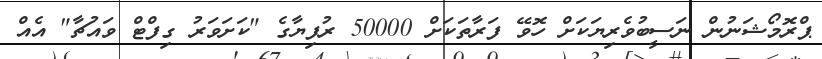
ޕްރޮމޯޝަނުން ނަސީބުވެރިޔަކަށް ހޮވޭ ފަރާތަކަށް 50000 ރުފިޔާގެ "ކަށަވަރު ގިފްޓް ވައުޗާ" އެއް